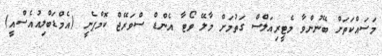
މަސައްކަތަށް ބޭނުންވާ މެޓީރިއަލްސް ގަތުމަށް މާލޭ ވޯޓާ އެންޑް ސްވަރޭޖް ކޮމްޕެނީ (އެމްޑަބްލިއުއެސްއީ)